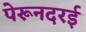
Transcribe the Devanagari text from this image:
पेरूनदरई